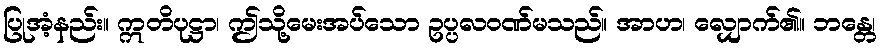
ပြုအံ့နည်း။ ဣတိပုဋ္ဌာ၊ ဤသို့မေးအပ်သော ဥပ္ပလဝဏ်မသည်။ အာဟ၊ လျှောက်၏။ ဘန္တေ၊